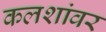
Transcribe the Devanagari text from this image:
कलशांवर